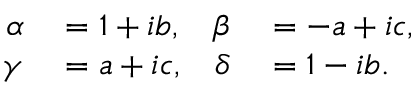
\begin{array} { r l r l } { \alpha } & { { } = 1 + i b , } & { \beta } & { { } = - a + i c , } \\ { \gamma } & { { } = a + i c , } & { \delta } & { { } = 1 - i b . } \end{array}